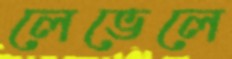
লেভেলে